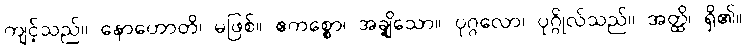
ကျင့်သည်။ နောဟောတိ၊ မဖြစ်။ ဧကစ္စော၊ အချို့သော။ ပုဂ္ဂလော၊ ပုဂ္ဂိုလ်သည်။ အတ္ထိ၊ ရှိ၏။